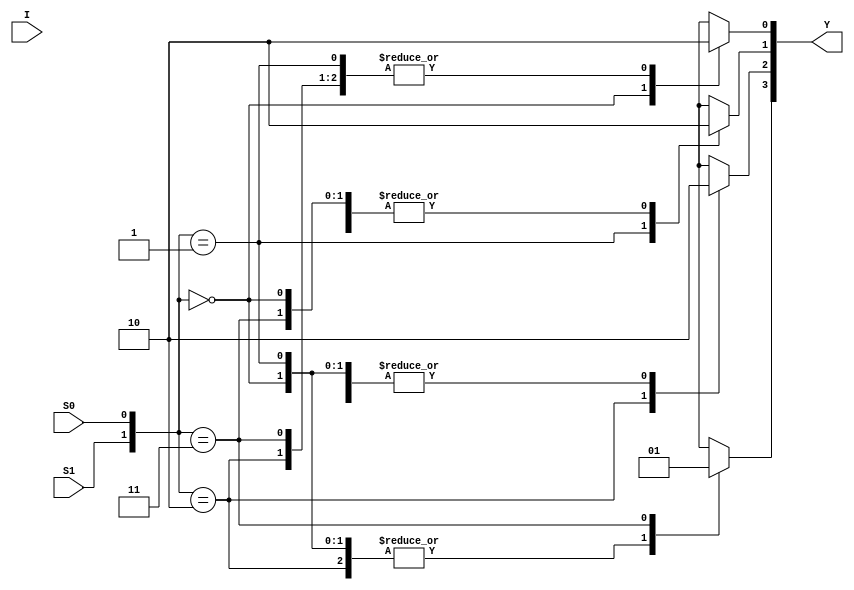
// This program was cloned from: https://github.com/aryanmahawar205/ModelSim-IntelFPGA
// License: GNU General Public License v3.0

//Behavioural Modelling for 1:4 DeMux

module deMux_1_to_4_beh(I, S1, S0, Y);
input I; input S1, S0;
output [3:0]Y; reg [3:0]Y;
always @ (I or S1 or S0)
begin
case({S1, S0})
2'b00 : begin Y[0] = 1; Y[1] = 0; Y[2] = 0; Y[3] = 0; end
2'b01 : begin Y[0] = 0; Y[1] = 1; Y[2] = 0; Y[3] = 0; end
2'b10 : begin Y[0] = 0; Y[1] = 0; Y[2] = 1; Y[3] = 0; end
2'b11 : begin Y[0] = 0; Y[1] = 0; Y[2] = 0; Y[3] = 1; end
endcase
end
endmodule